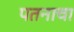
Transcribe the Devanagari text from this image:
पतनाचा